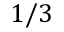
1 / 3